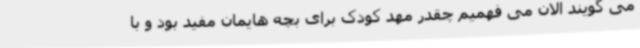
می گویند الان می فهمیم چقدر مهد کودک برای بچه هایمان مفید بود و با